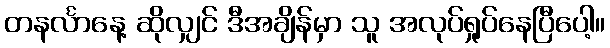
တနင်္လာနေ့ ဆိုလျှင် ဒီအချိန်မှာ သူ အလုပ်ရှုပ်နေပြီပေါ့။